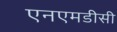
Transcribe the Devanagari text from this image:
एनएमडीसी